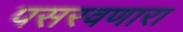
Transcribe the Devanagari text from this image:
पसरवणारा